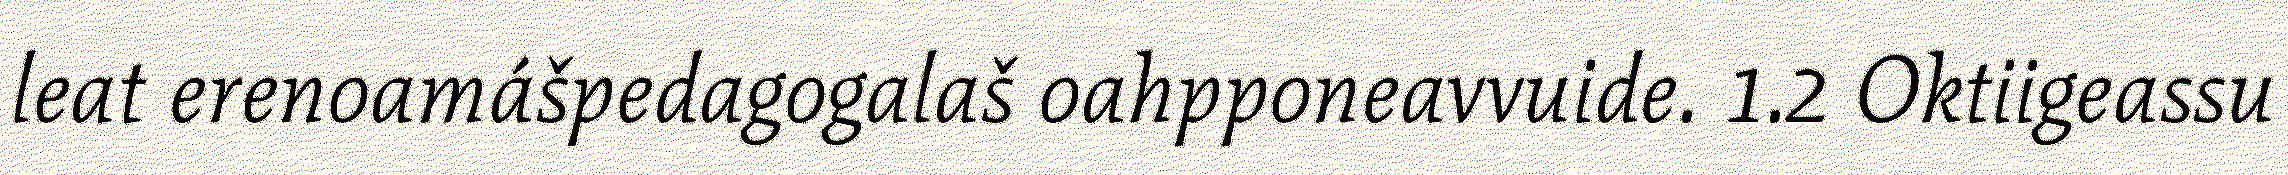
leat erenoamášpedagogalaš oahpponeavvuide. 1.2 Oktiigeassu